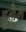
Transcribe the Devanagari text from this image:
हुन्नैम